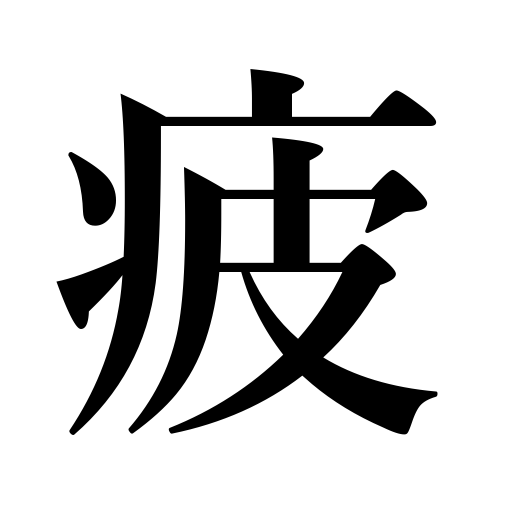
Meanings: get tired,grow weary